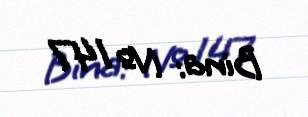
Bina: № 147